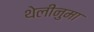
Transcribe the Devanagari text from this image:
थेलीनुमा